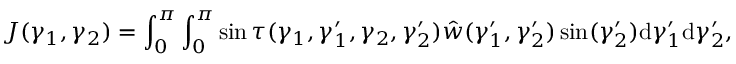
J ( \gamma _ { 1 } , \gamma _ { 2 } ) = \int _ { 0 } ^ { \pi } \int _ { 0 } ^ { \pi } \sin \tau ( \gamma _ { 1 } , \gamma _ { 1 } ^ { \prime } , \gamma _ { 2 } , \gamma _ { 2 } ^ { \prime } ) \hat { w } ( \gamma _ { 1 } ^ { \prime } , \gamma _ { 2 } ^ { \prime } ) \sin ( \gamma _ { 2 } ^ { \prime } ) \mathrm { d } \gamma _ { 1 } ^ { \prime } \mathrm { d } \gamma _ { 2 } ^ { \prime } ,